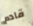
قادم